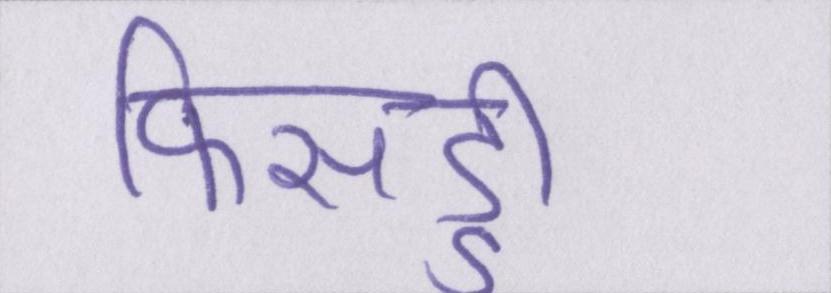
फिसड्डी